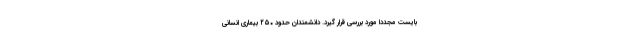
‌بایست مجددا مورد بررسی قرار گیرد. دانشمندان حدود ۲۵۰ بیماری انسانی